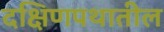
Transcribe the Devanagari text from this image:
दक्षिणपथातील